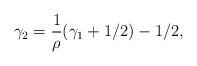
LaTeX: \begin{align*}\gamma_2=\frac{1}{\rho}(\gamma_1+1/2)-1/2, \end{align*}